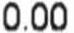
0.00